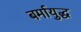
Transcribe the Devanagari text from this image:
बर्मायुद्ध